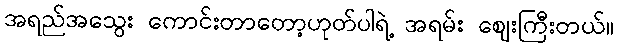
အရည်အသွေး ကောင်းတာတော့ဟုတ်ပါရဲ့ အရမ်း ဈေးကြီးတယ်။